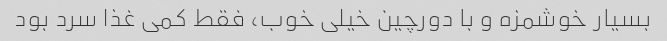
بسیار خوشمزه و با دورچین خیلی خوب، فقط کمی غذا سرد بود